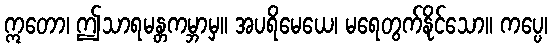
ဣတော၊ ဤသာရမန္တကမ္ဘာမှ။ အပရိမေယေ၊ မရေတွက်နိုင်သော။ ကပ္ပေ၊